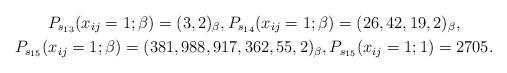
LaTeX: \begin{gather*}P_{s_{13}}(x_{ij}=1;\beta)=(3,2)_{\beta},P_{s_{14}}(x_{ij}=1;\beta)=(26,42,19,2)_{\beta}, \\P_{s_{15}}(x_{ij}=1;\beta)=(381,988,917,362,55,2)_{\beta},P_{s_{15}}(x_{ij}=1;1)= 2705.\end{gather*}